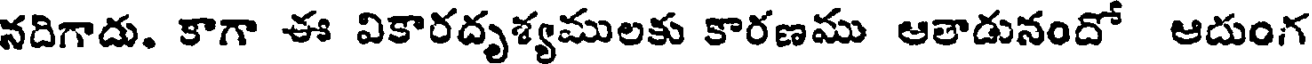
నదిగాదు. కాగా ఈ వికారదృశ్యములకు కారణము ఆతాడునందో ఆదుంగ